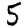
Digit: 5